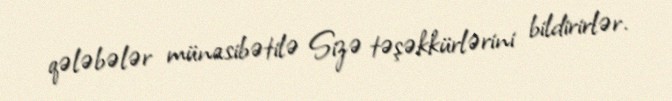
qələbələr münasibətilə Sizə təşəkkürlərini bildirirlər.